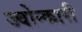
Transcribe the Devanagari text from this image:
ज्वोन्कारी